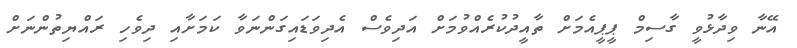
އޭނާ ވިދާޅުވީ ގާސިމް ޕީޕީއެމަށް ތާއީދުކުރެއްވުމަށް އަދިވެސް އެދިވަޑައިގަންނަވާ ކަމަށާއި ދިވެހި ރައްޔިތުންނަށް